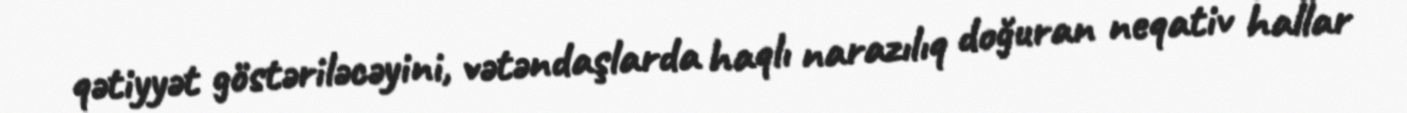
qətiyyət göstəriləcəyini, vətəndaşlarda haqlı narazılıq doğuran neqativ hallar